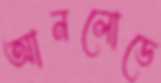
আনলোডে